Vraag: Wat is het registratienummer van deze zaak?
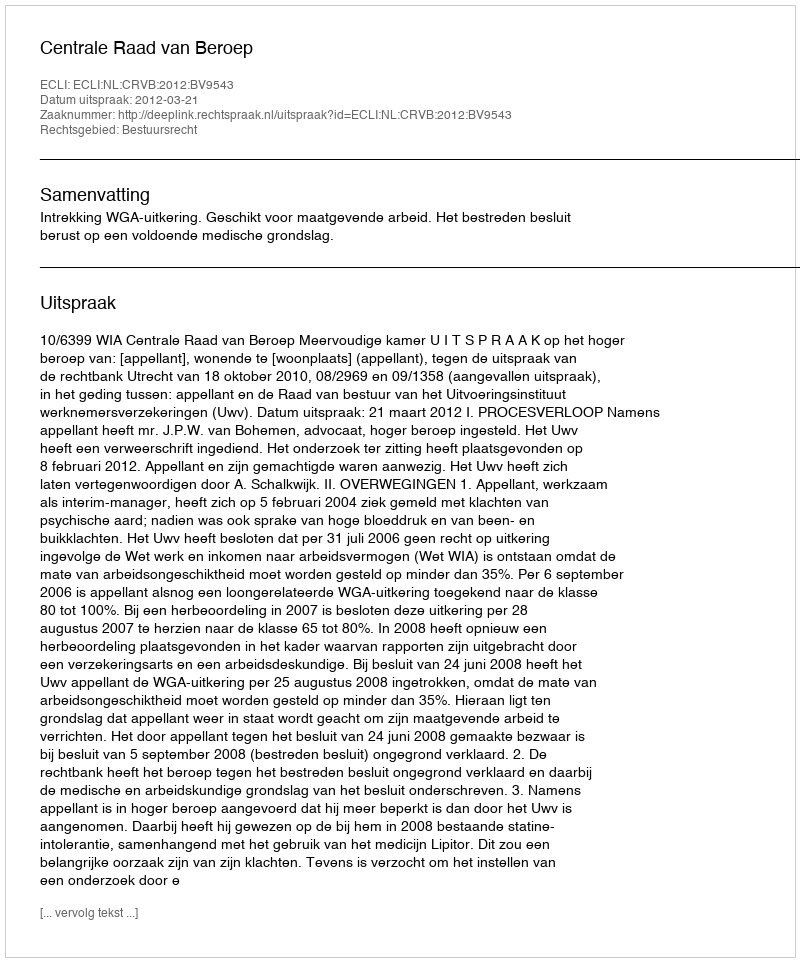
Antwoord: http://deeplink.rechtspraak.nl/uitspraak?id=ECLI:NL:CRVB:2012:BV9543